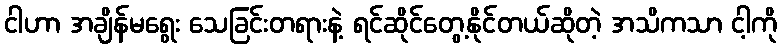
ငါဟာ အချိန်မရွေး သေခြင်းတရားနဲ့ ရင်ဆိုင်တွေ့နိုင်တယ်ဆိုတဲ့ အသိကသာ ငါ့ကို